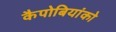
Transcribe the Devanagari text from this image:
कैपोबियांको